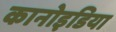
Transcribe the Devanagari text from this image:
कानोइडिया